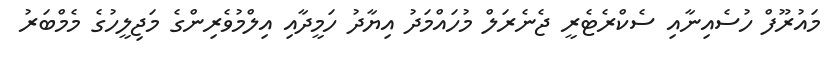
މައުރޫފް ހުސެއިނާއި ސެކްރެޓެރީ ޖެނެރަލް މުހައްމަދު އިޔާދު ހަމީދާއި އިލްމުވެެެރިންގެ މަޖިލީހުގެ މެމްބަރު